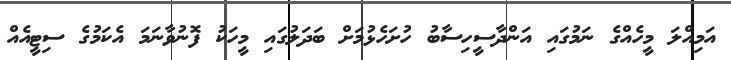
އަމިއްލަ މީހެއްގެ ނަމުގައި އަންދާސީހިސާބު ހުށަހެޅުމަށް ބަދަލުގައި މީހަކު ފޮނުވާނަމަ އެކަމުގެ ސިޓީއެއް